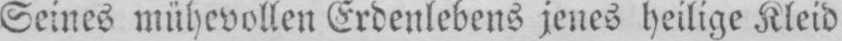
Seines mühevollen Erdenlebens jenes heilige Kleid